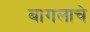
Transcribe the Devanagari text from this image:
बागलाचे